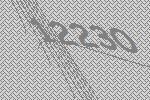
12230